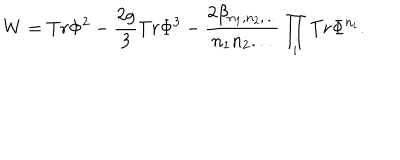
LaTeX: W = T r \Phi ^ { 2 } - \frac { 2 g } { 3 } T r \Phi ^ { 3 } - \frac { 2 \beta _ { n _ { 1 } , n _ { 2 } , . . . } } { n _ { 1 } n _ { 2 } . . . } \prod _ { i } T r \Phi ^ { n _ { i } } .